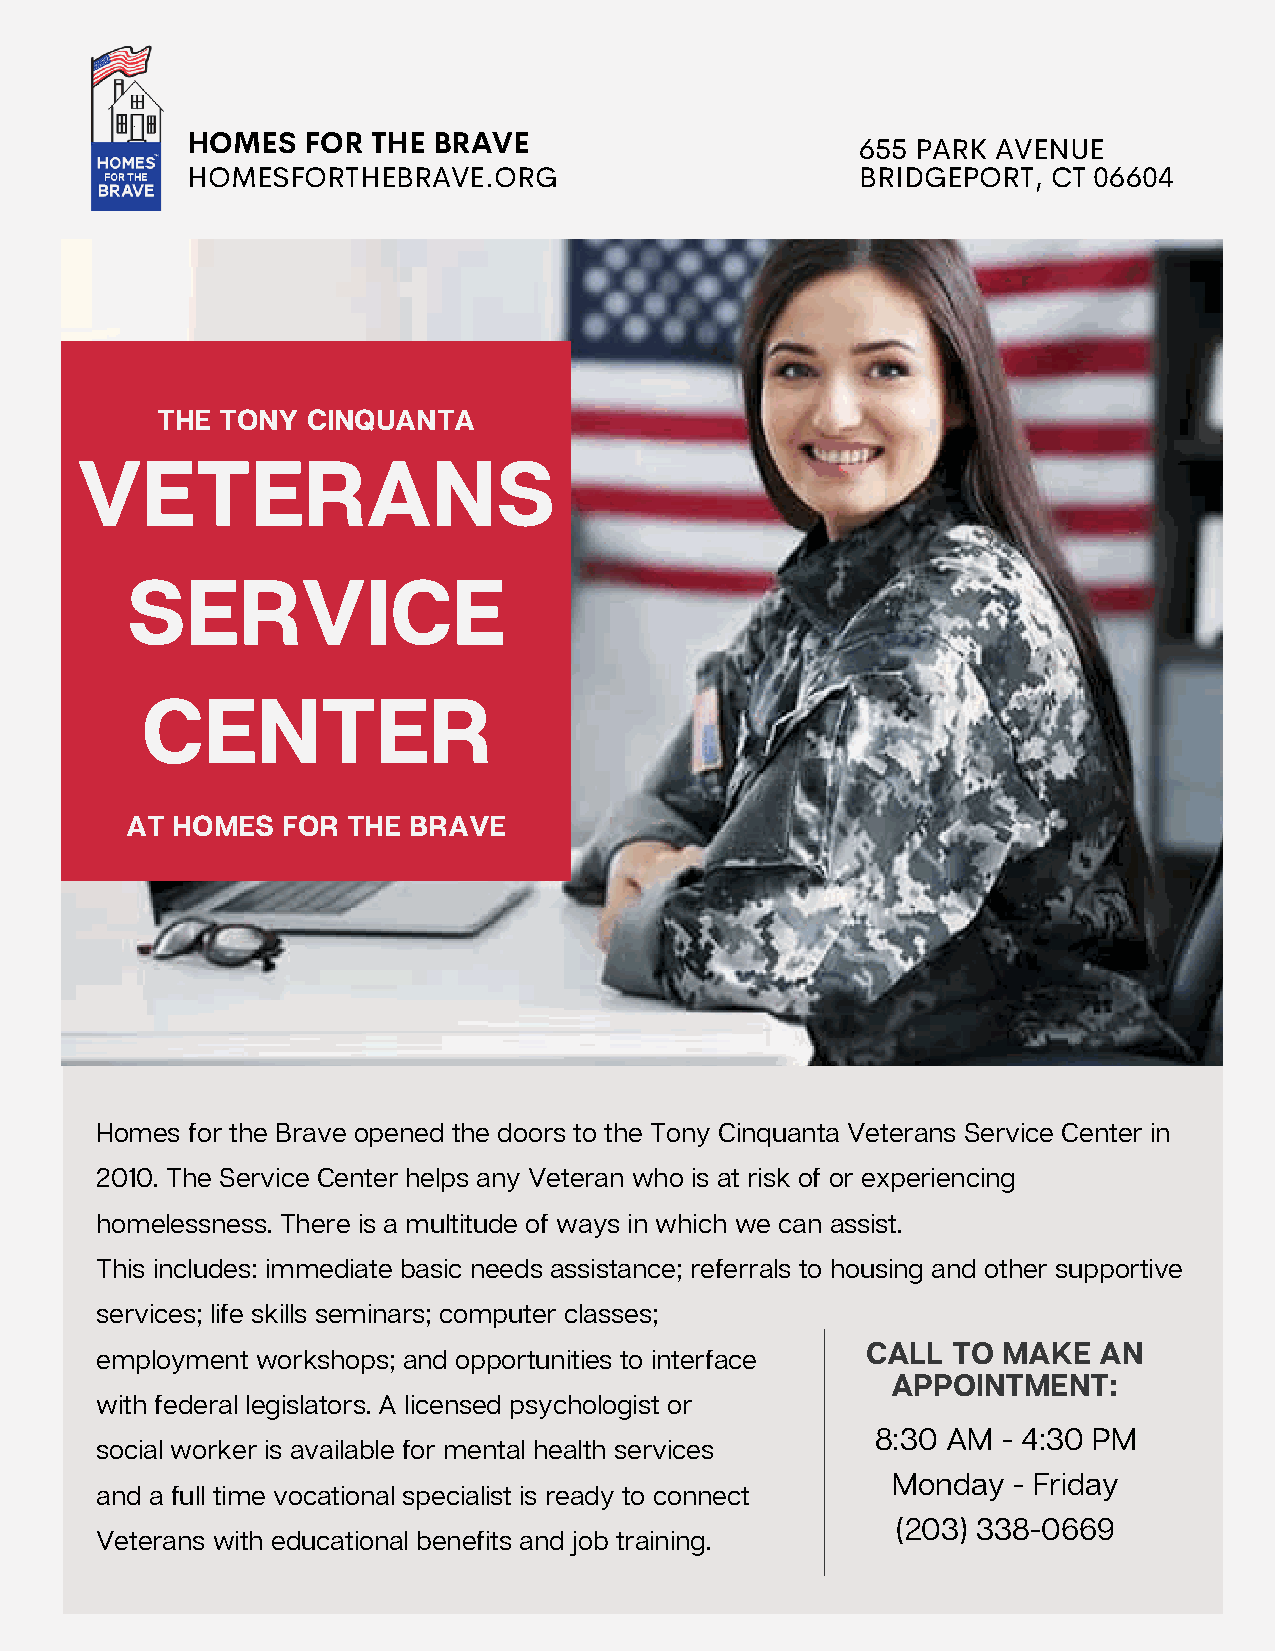
HOMES   FOR  THE BRAVE
 655 PARK AVENUE
 HOMESFORTHEBRAVE.ORG                         BRIDGEPORT,  CT 06604
 THE  TONY CINQUANTA
 VETERANS
 SERVICE
 CENTER
 AT HOMES   FOR THE BRAVE
 Homes for the Brave opened the doors to the Tony Cinquanta Veterans Service Center in
 2010. The Service Center helps any Veteran who is at risk of or experiencing
 homelessness. There is a multitude of ways in which we can assist.
 This includes: immediate basic needs assistance; referrals to housing and other supportive
 services; life skills seminars; computer classes;
 CALL  TO MAKE   AN
 employment workshops; and opportunities to interface
 APPOINTMENT:
 with federal legislators. A licensed psychologist or
 8:30 AM - 4:30 PM
 social worker is available for mental health services
 Monday  - Friday
 and a full time vocational specialist is ready to connect
 (203) 338-0669
 Veterans with educational benefits and job training.